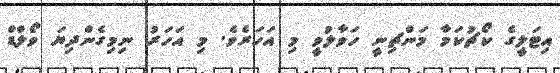
އިޓަލީގެ ކޯޗުކަމާ މަންޗިނީ ހަވާލުވީ މި އަހަރެވެ. މި އަހަރު ނިމިގެންދިޔަ ވޯލްޑް